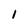
Character: l